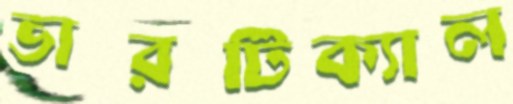
ভারটিক্যাল